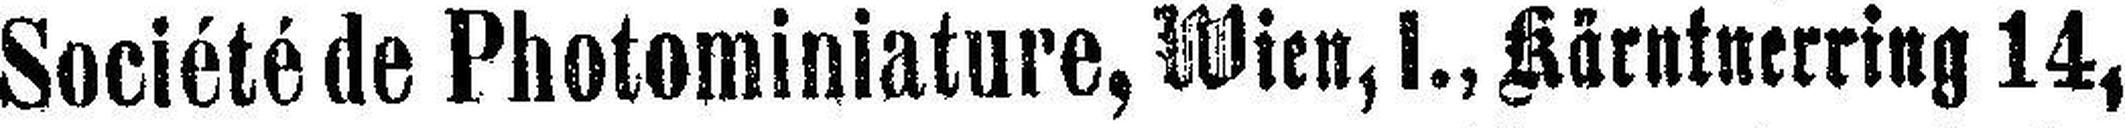
Société de Photominiature, Wien, I., Kärntnerring 14,